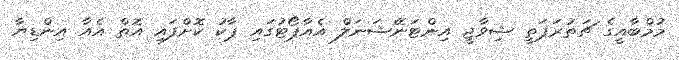
މުމްބާއީގެ ޗަތުރަޕަތީ ޝިވާޖީ އިންޓަނޭޝަނަލް އެއާޕޯޓުގައި ޕާކު ކޮށްފައި އޮތް އެއާ އިންޑިޔާ